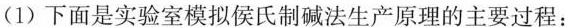
(1)下面是实验室模拟侯氏制碱法生产原理的主要过程：